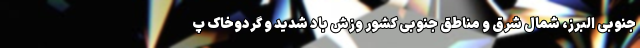
جنوبی البرز، شمال شرق و مناطق جنوبی کشور وزش باد شدید و گردوخاک پ